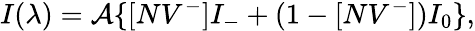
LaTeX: I(\lambda)=\mathcal{A}\{ [NV^{-}]I_{-}+(1-[NV^{-}])I_{0}\} ,